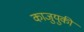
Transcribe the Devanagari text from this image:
काजुयुकी